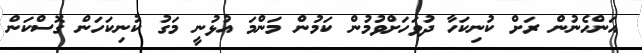
އަންހެނުން ރަށް ކުނިކަހާ ދުވަހަށްވުމުން ކަމުން މަންމަ އުޅުނީ މަގު ކުނިކަހަން ގޮސްކަން